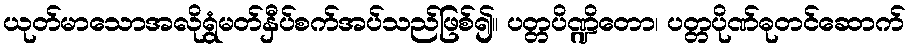
ယုတ်မာသောအလိုရွံမတ်နှီပ်စက်အပ်သည်ဖြစ်၍။ ပတ္တပိဏ္ဍိတော၊ ပတ္တပိုဏ်ဓုတင်ဆောက်